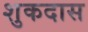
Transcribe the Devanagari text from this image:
शुकदास